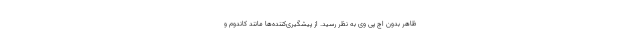
ظاهر بدون اچ پی وی به نظر رسید. از پیشگیری‌کننده‌ها مانند کاندوم و